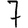
Digit: 7